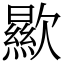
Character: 歞